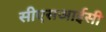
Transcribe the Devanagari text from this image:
सीएसआईसी